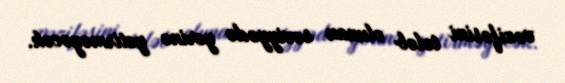
vəzifəsini tələb olunan səviyyədə yerinə yetirməyəcək.